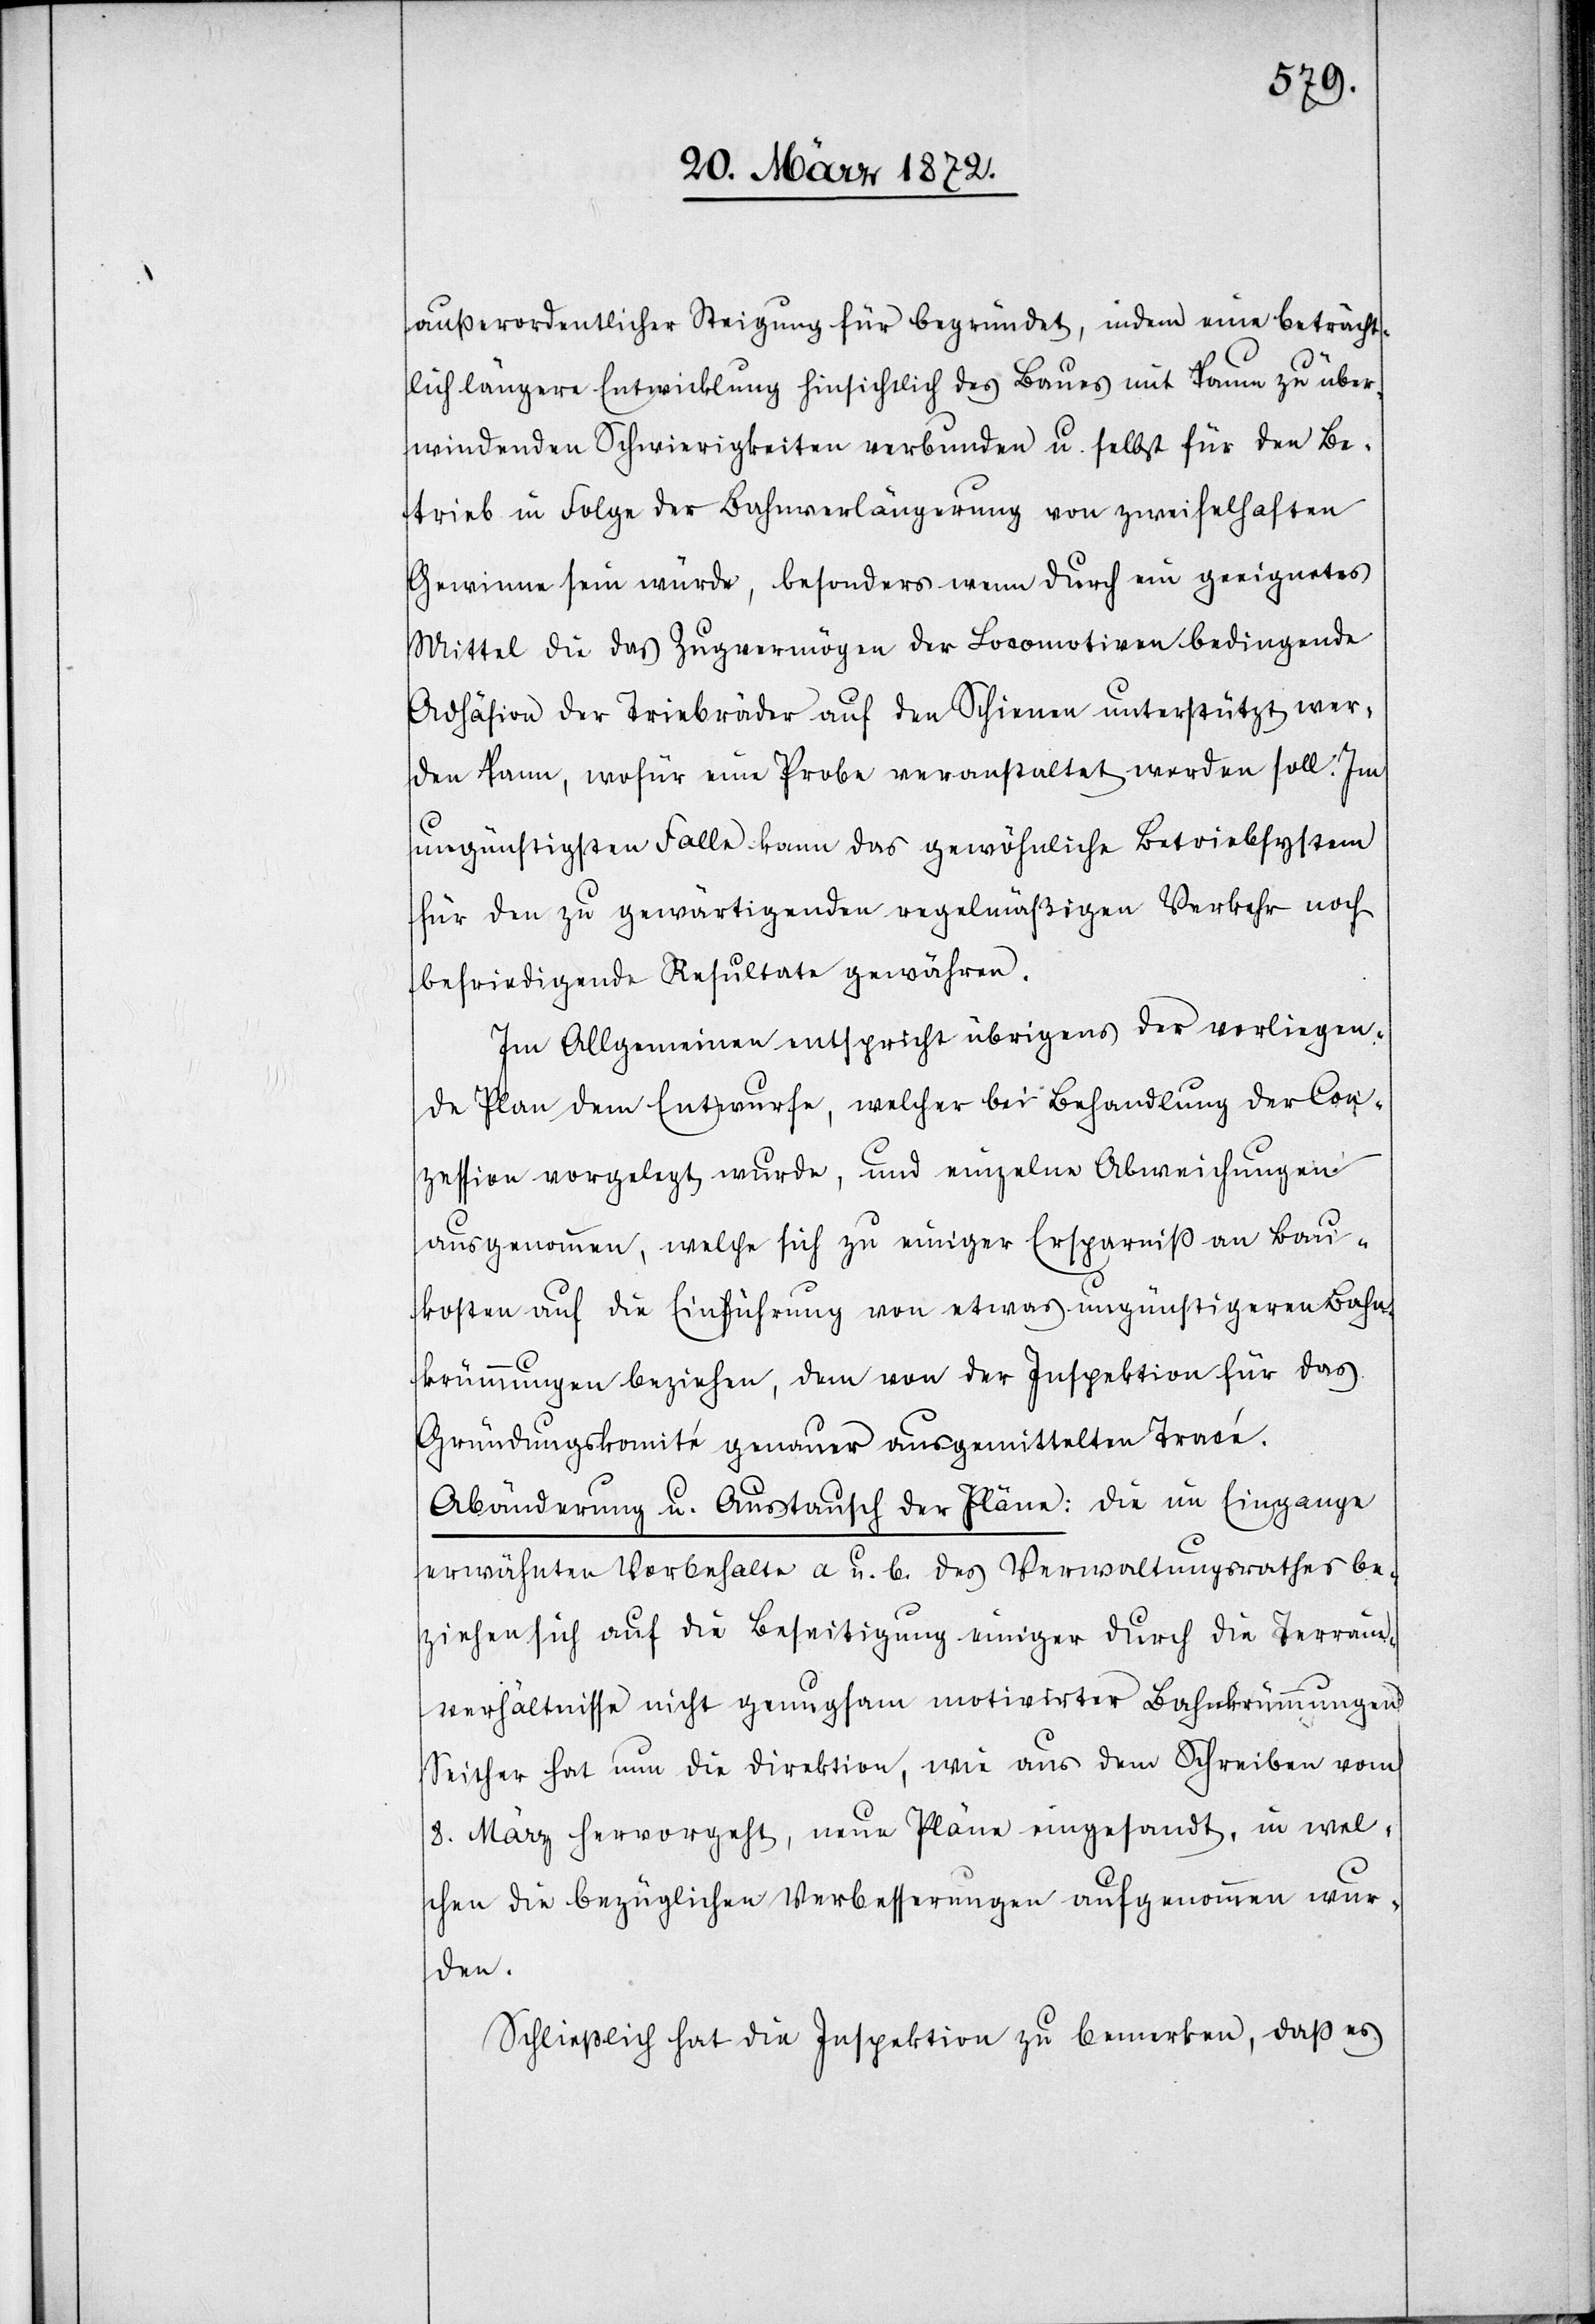
außerordentlicher Steigung für begründet, indem eine beträcht¬
lich längere Entwicklung hinsichtlich des Baues mit kaum zu über¬
windenden Schwierigkeiten verbunden u. selbst für den Be¬
trieb in Folge der Bahnverlängerung von zweifelhaften
Gewinne [sic!] sein würde, besonders wenn durch ein geeignetes
Mittel die das Zugvermögen der Locomotiven bedingende
Adhäsion der Triebräder auf den Schienen unterstützt wer¬
den kann, wofür eine Probe veranstaltet werden soll. Im
ungünstigsten Falle kann das gewöhnliche Betriebsystem
für den zu gewärtigenden regelmäßigen Verkehr noch
befriedigende Resultate gewähren.
Im Allgemeinen entspricht übrigens der vorliegen¬
de Plan dem Entwurfe, welcher bei Behandlung der Con¬
zession vorgelegt wurde, und einzelne Abweichungen
ausgenommen, welche sich zu einiger Ersparniß an Bau¬
kosten auf die Einführung von etwas ungünstigeren Bahn¬
krümmungen beziehen, dem von der Inspektion für das
Gründungskomité genauer ausgemittelten Tracé.
Abänderung u. Austausch der Pläne: Die im Eingange
erwähnten Vorbehalte a u. b. des Verwaltungsrathes be¬
ziehen sich auf die Beseitigung einiger durch die Terrain¬
verhältnisse nicht genugsam motivirter Bahnkrümmungen.
Seither hat nun die Direktion, wie aus dem Schreiben vom
8. März hervorgeht, neue Pläne eingesandt, in wel¬
chen die bezüglichen Verbesserungen aufgenommen wur¬
den.
Schließlicht hat die Inspektion zu bemerken, daß es